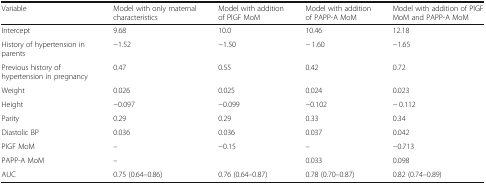
<table><thead><tr><td><b>Variable</b></td><td><b>Model with only maternal characteristics</b></td><td><b>Model with addition of PlGF MoM</b></td><td><b>Model with addition of PAPP-A MoM</b></td><td><b>Model with addition of PlGF MoM and PAPP-A MoM</b></td></tr></thead><tbody><tr><td>Intercept</td><td>9.68</td><td>10.0</td><td>10.46</td><td>12.18</td></tr><tr><td>History of hypertension in parents</td><td>−1.52</td><td>−1.50</td><td>− 1.60</td><td>−1.65</td></tr><tr><td>Previous history of hypertension in pregnancy</td><td>0.47</td><td>0.55</td><td>0.42</td><td>0.72</td></tr><tr><td>Weight</td><td>0.026</td><td>0.025</td><td>0.024</td><td>0.023</td></tr><tr><td>Height</td><td>−0.097</td><td>−0.099</td><td>−0.102</td><td>− 0.112</td></tr><tr><td>Parity</td><td>0.29</td><td>0.29</td><td>0.33</td><td>0.34</td></tr><tr><td>Diastolic BP</td><td>0.036</td><td>0.036</td><td>0.037</td><td>0.042</td></tr><tr><td>PlGF MoM</td><td>–</td><td>−0.15</td><td>–</td><td>−0.713</td></tr><tr><td>PAPP-A MoM</td><td>–</td><td></td><td>0.033</td><td>0.098</td></tr><tr><td>AUC</td><td>0.75 (0.64–0.86)</td><td>0.76 (0.64–0.87)</td><td>0.78 (0.70–0.87)</td><td>0.82 (0.74–0.89)</td></tr></tbody></table>